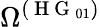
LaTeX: \Omega^{(\mathrm{~H~G~}_{01})}